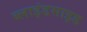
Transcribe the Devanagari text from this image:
ब्लाइंडसाइड